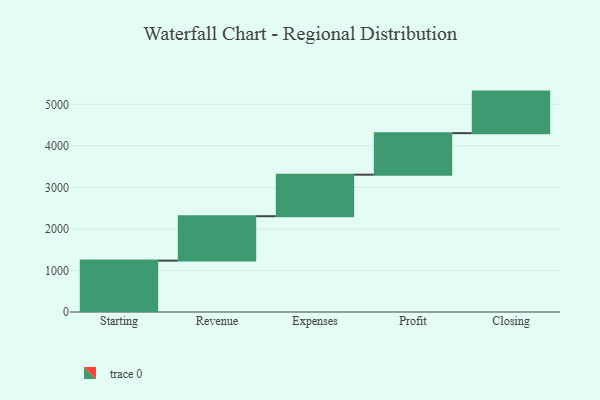
{"axis": {"x": "Step", "y": "Value"}, "legend": [""], "data": [{"x": "Starting", "y": 1237.0, "type": ""}, {"x": "Revenue", "y": 1069.0, "type": ""}, {"x": "Expenses", "y": 1000, "type": ""}, {"x": "Profit", "y": 1000, "type": ""}, {"x": "Closing", "y": 1000, "type": ""}]}